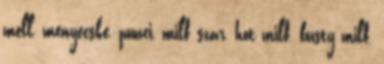
mell, menyecske, punci, milf szar, hot milf, busty milf,